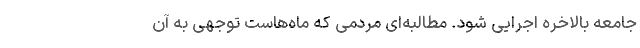
جامعه بالاخره اجرایی شود. مطالبه‌ای مردمی که ماه‌هاست توجهی به آن